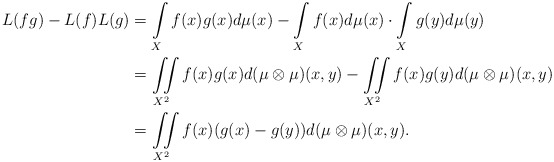
\begin{align*}L(fg)-L(f)L(g)&=\int\limits_X{f(x)g(x)d\mu(x)}-\int\limits_X{f(x)d\mu(x)}\cdot \int\limits_X{g(y)d\mu(y)}\\&=\iint\limits_{X^2}{f(x)g(x)d(\mu\otimes\mu)(x,y)}-\iint\limits_{X^2}{f(x)g(y)d(\mu\otimes\mu)(x,y)}\\&=\iint\limits_{X^2}{f(x)(g(x)-g(y))d(\mu\otimes\mu)(x,y)}.\end{align*}